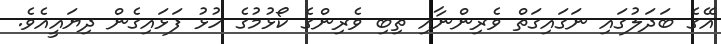
އޭގެ ބަދަލުގައި ނަގައިގަތް ވެރިންނާއި ތިބި ވެރިންގެ ކޯޅުމުގެ ހުޅު ފަޅައިގެން ދިޔައީއެވެ.